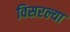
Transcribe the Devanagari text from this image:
विसरल्या